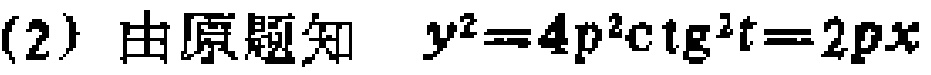
(2) 由原题知 \(y^{2}=4p^{2}\cot^{2}t = 2px\)